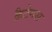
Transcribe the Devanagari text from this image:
क्रैटेगस